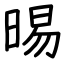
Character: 晹